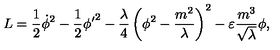
L = \frac { 1 } { 2 } { \dot { \phi } } ^ { 2 } - \frac { 1 } { 2 } { { \phi } ^ { \prime } } ^ { 2 } - \frac { \lambda } { 4 } \left( \phi ^ { 2 } - \frac { m ^ { 2 } } { \lambda } \right) ^ { 2 } - \varepsilon \frac { m ^ { 3 } } { \sqrt \lambda } \phi ,